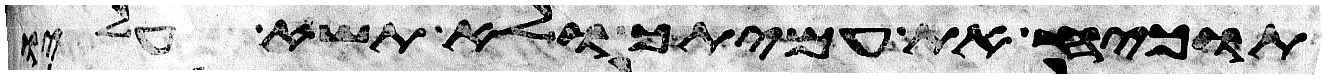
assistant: תוכיח את עמיתך ולא תשא עליו